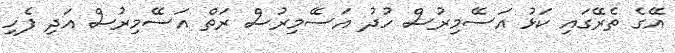
އޭގެ ތެރޭގައި ކަޅު އަސޭމިރުސް ހުދު އަސޭމިރުސް ރަތް އަސޭމިރުސް އަދި ފެހި